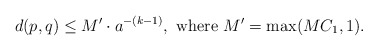
\begin{align*} d(p, q) \leq M' \cdot a^{-(k-1)}, \textrm{ where } M' = \max(MC_1, 1).\end{align*}